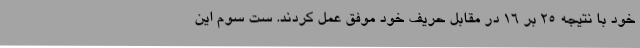
خود با نتیجه 25 بر 16 در مقابل حریف خود موفق عمل کردند. ست سوم این